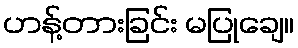
ဟန့်တားခြင်း မပြုချေ။